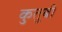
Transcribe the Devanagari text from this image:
कुतुबी